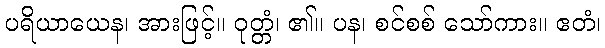
ပရိယာယေန၊ အားဖြင့်။ ဝုတ္တံ၊ ၏။ ပန၊ စင်စစ် သော်ကား။ ဧတံ၊